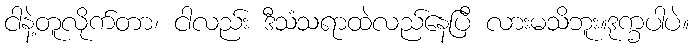
ငါနဲ့တူလိုက်တာ၊ ငါလည်း ဒီသံသရာထဲလည်နေပြီ လားမသိဘူး။ဒုက္ခပါပဲ။